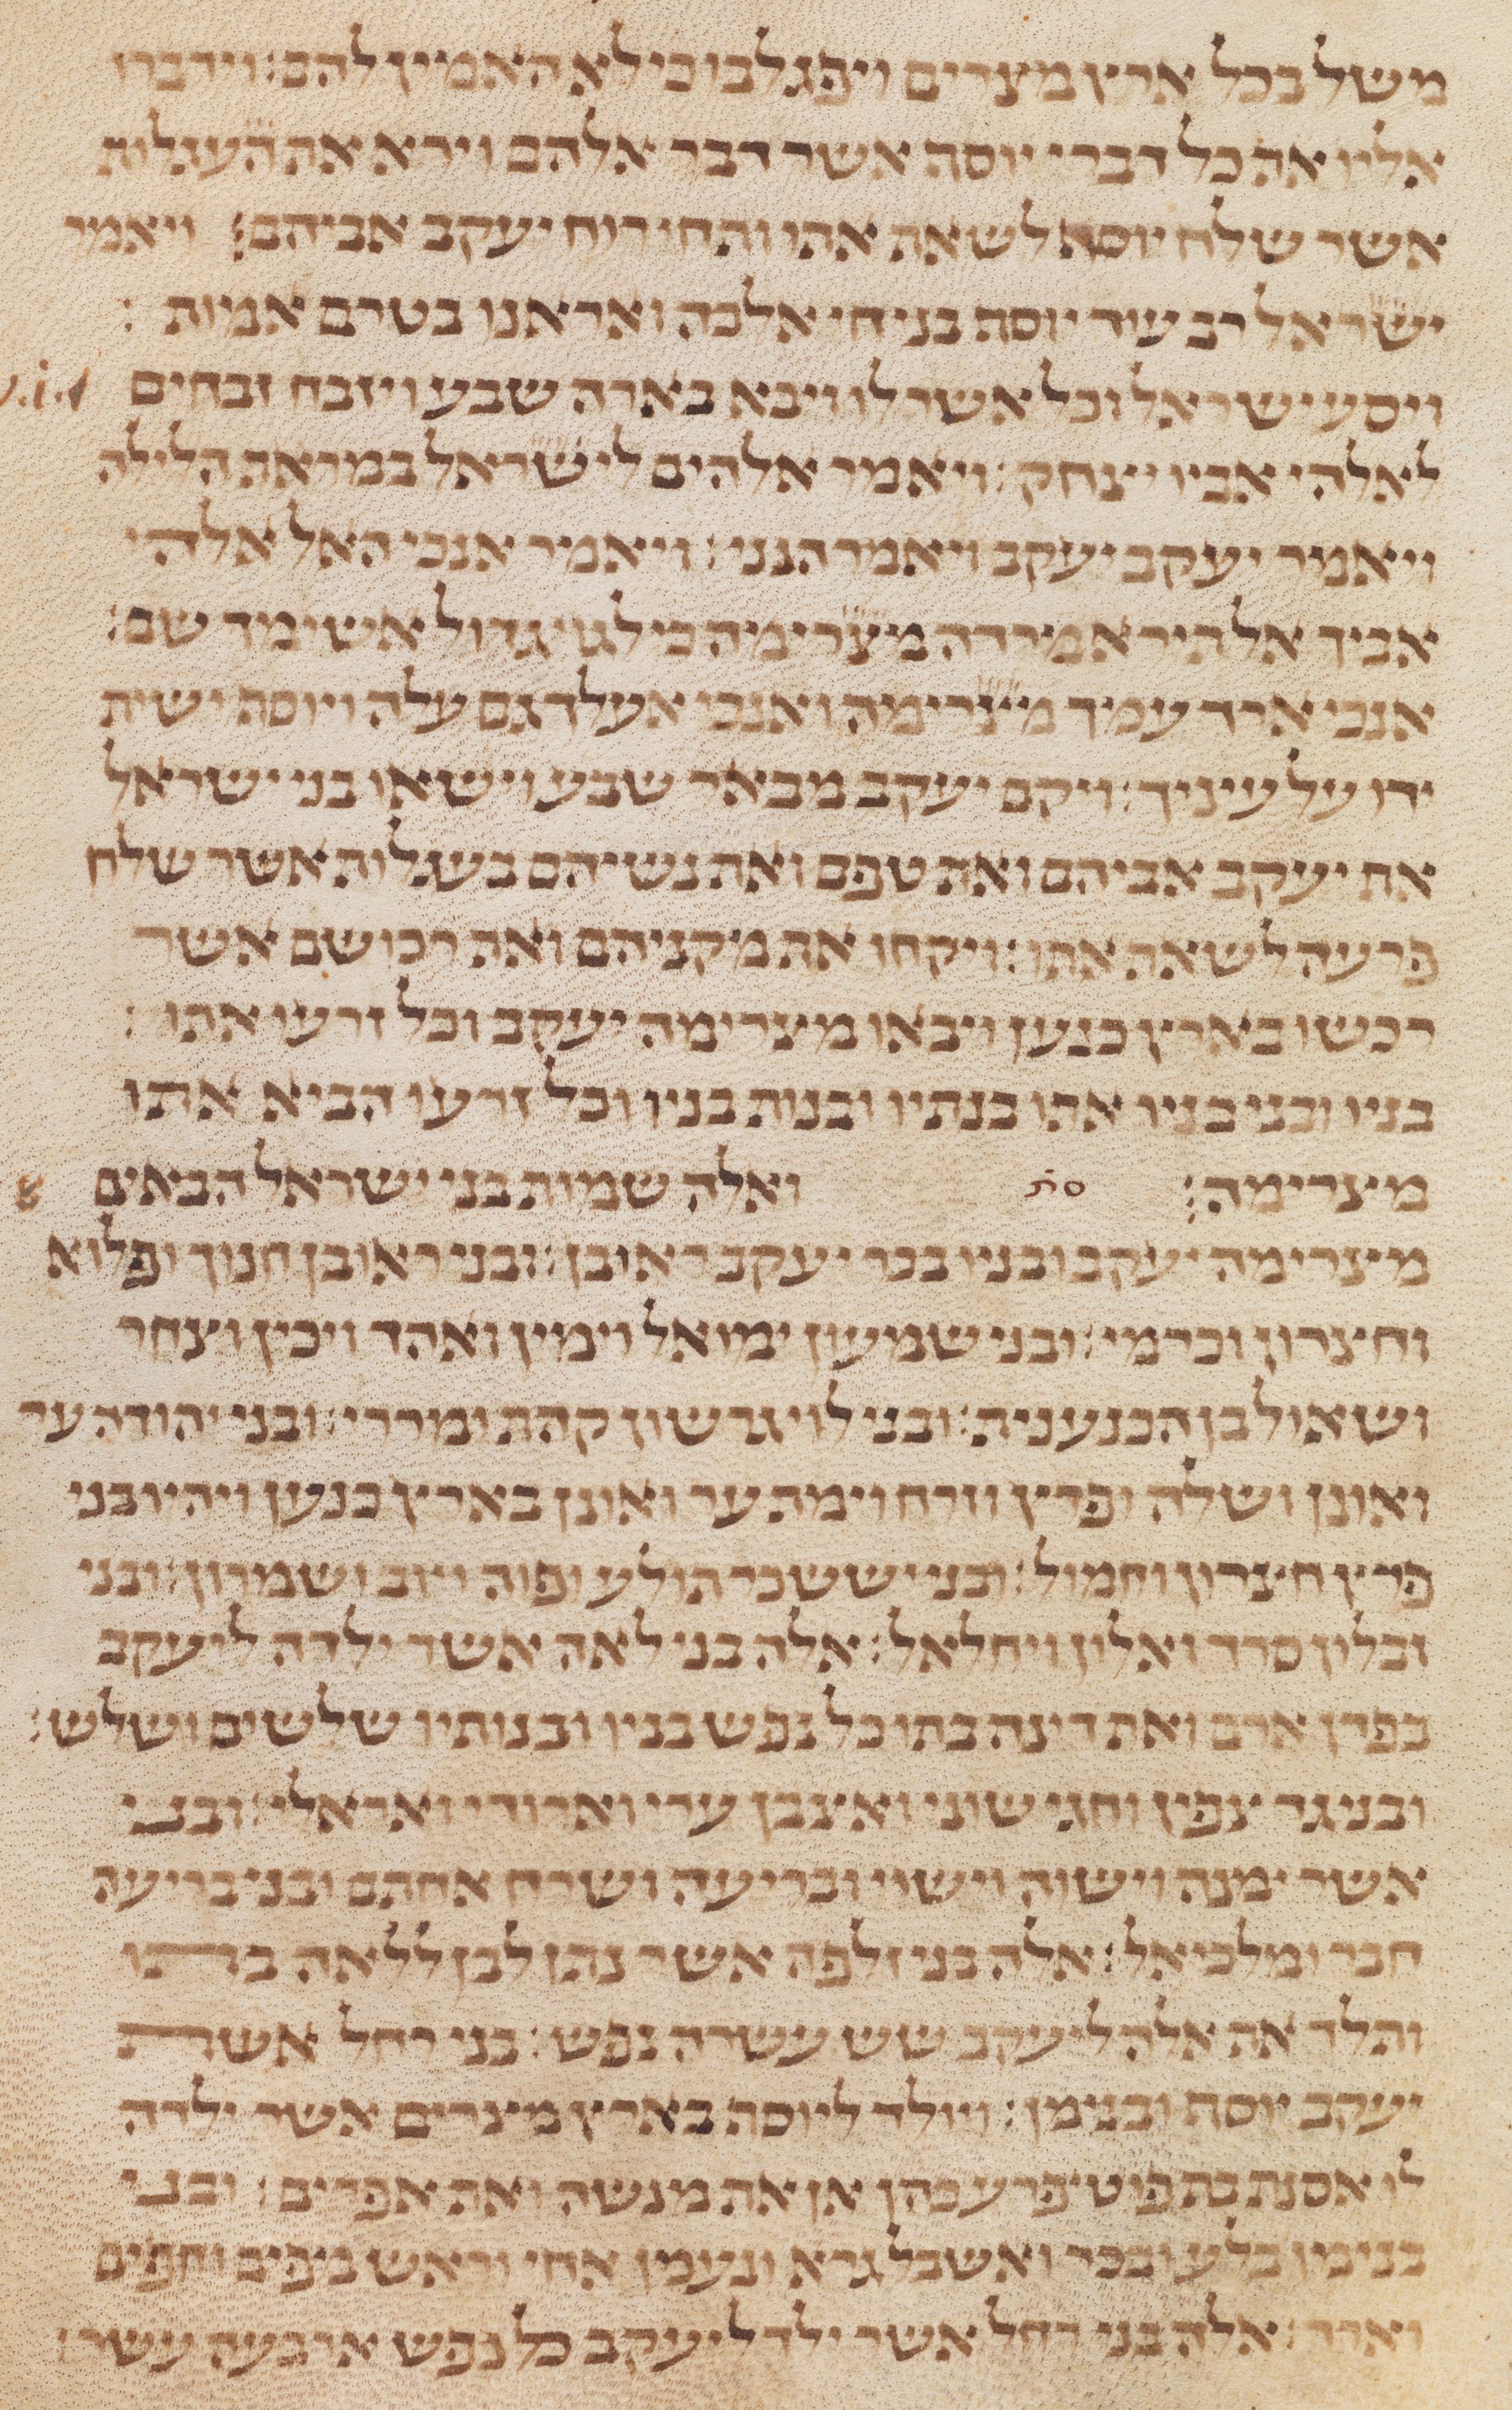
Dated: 1235–1255